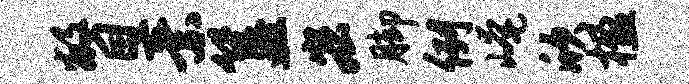
瞥素簋宏脚例崦欣楹